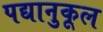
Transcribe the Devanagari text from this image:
पद्यानुकूल